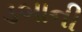
ડબાની